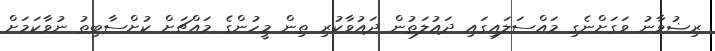
ރިޟުވާނު ވަގަށްނެގި މައްސަލައިގައި ދައުލަތުން ދައުވާކުރި ތިން މީހުންގެ މައްޗަށް ކުށްސާބިތު ނުވާކަމަށް